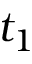
t _ { 1 }